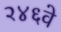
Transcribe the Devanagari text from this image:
२४६वे